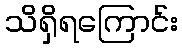
သိရှိရကြောင်း